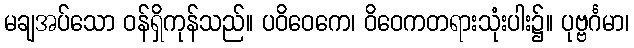
မချအပ်သော ဝန်ရှိကုန်သည်။ ပဝိဝေကေ၊ ဝိဝေကတရားသုံးပါး၌။ ပုဗ္ဗင်္ဂမာ၊